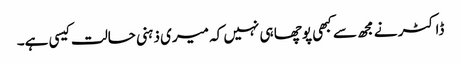
ڈاکٹر نے مجھ سے کبھی پوچھا ہی نہیں کہ میری ذہنی حالت کیسی ہے۔